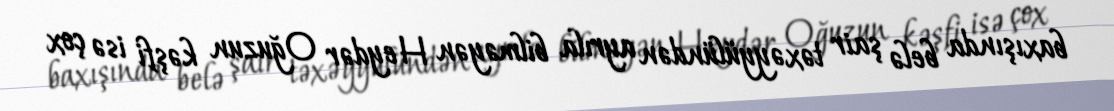
baxışında belə şair təxəyyülündən ayrıla bilməyən Heydər Oğuzun kəşfi isə çox